Report of the Indian Hemp Drugs Commission, 1894-1895 - Volume VIII
Year: 1894
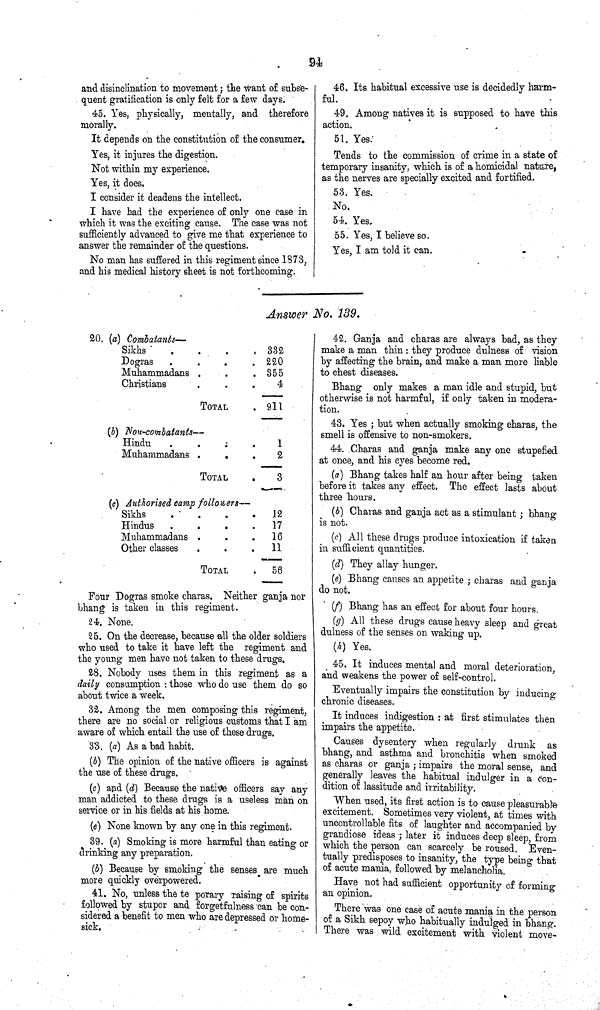
94
and disinclination to movement; the want of subse¬
quent gratification is only felt for a few days.
45. Yes, physically, mentally, and therefore
morally.
It depends on the constitution of the consumer.
Yes, it injures the digestion.
Not within my experience.
Yes, it does.
I consider it deadens the intellect.
I have had the experience of only one case in
which it was the exciting cause. The case was not
sufficiently advanced to give me that experience to
answer the remainder of the questions.
No man has suffered in this regiment since 1873,
and his medical history sheet is not forthcoming.
46. Its habitual excessive use is decidedly harm¬
ful.
49. Among natives it is supposed to have this
action.
51. Yes.
Tends to the commission of crime in a state of
temporary insanity, which is of a homicidal nature,
as the nerves are specially excited and fortified.
53. Yes.
No.
54. Yes.
55. Yes, I believe so.
Yes, I am told it can.
Answer No. 139.
20. (a) Combatants—
Sikhs
332
Dogras
220
Muhammadans
355
Christians
4
TOTAL
911
(b) Non-combatants—
Hindu
1
Muhammadans
2
TOTAL
3
(c) Authorised camp followers—
Sikhs
12
Hindus
17
Muhammadans
16
Other classes
11
TOTAL
56
Four Dogras smoke charas. Neither ganja nor
bhang is taken in this regiment.
24. None.
25. On the decrease, because all the older soldiers
who used to take it have left the regiment and
the young men have not taken to these drugs.
28. Nobody uses them in this regiment as a
daily consumption: those who do use them do so
about twice a week.
32. Among the men composing this regiment,
there are no social or religious customs that I am
aware of which entail the use of these drugs.
33. (a) As a bad habit.
(b) The opinion of the native officers is against
the use of these drugs.
(c) and (d) Because the native officers say any
man addicted to these drugs is a useless man on
service or in his fields at his home.
(e) None known by any one in this regiment.
39. (a) Smoking is more harmful than eating or
drinking any preparation.
(b) Because by smoking the senses are much
more quickly overpowered.
41. No, unless the te porary raising of spirits
followed by stupor and forgetfulness can be con¬
sidered a benefit to men who are depressed or home¬
sick.
42. Ganja and charas are always bad, as they
make a man thin: they produce dulness of vision
by affecting the brain, and make a man more liable
to chest diseases.
Bhang only makes a man idle and stupid, but
otherwise is not harmful, if only taken in modera¬
tion.
43. Yes; but when actually smoking charas, the
smell is offensive to non-smokers.
44. Charas and ganja make any one stupefied
at once, and his eyes become red.
(a) Bhang takes half an hour after being taken
before it takes any effect. The effect lasts about
three hours.
(b) Charas and ganja act as a stimulant; bhang
is not.
(c) All these drugs produce intoxication if taken
in sufficient quantities.
(d) They allay hunger.
(e) Bhang causes an appetite; charas and ganja
do not.
(f) Bhang has an effect for about four hours.
(g) All these drugs cause heavy sleep and great
dulness of the senses on waking up.
(h) Yes.
45. It induces mental and moral deterioration,
and weakens the power of self-control.
Eventually impairs the constitution by inducing
chronic diseases.
It induces indigestion: at first stimulates then
impairs the appetite.
Causes dysentery when regularly drunk as
bhang, and asthma and bronchitis when smoked
as charas or ganja; impairs the moral sense, and
generally leaves the habitual indulger in a con-
dition of lassitude and irritability.
When used, its first action is to cause pleasurable
excitement. Sometimes very violent, at times with
uncontrollable fits of laughter and accompanied by
grandiose ideas; later it induces deep sleep, from
which the person can scarcely be roused. Even¬
tually predisposes to insanity, the type being that
of acute mania, followed by melancholia.
Have not had sufficient opportunity of forming
an opinion.
There was one case of acute mania in the person
of a Sikh sepoy who habitually indulged in bhang.
There was wild excitement with violent move-